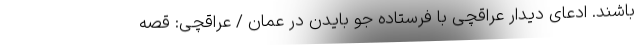
باشند. ادعای دیدار عراقچی با فرستاده جو بایدن در عمان / عراقچی: قصه